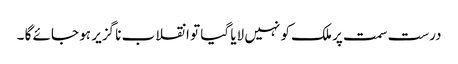
درست سمت پر ملک کو نہیں لایا گیا تو انقلاب نا گزیر ہو جائے گا ۔